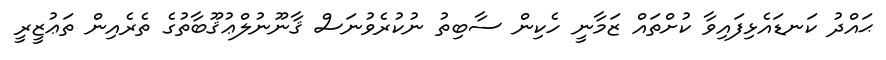
ޙައްދު ކަނޑައެޅިފައިވާ ކުށްތައް ޒަމާނީ ހެކިން ސާބިތު ނުކުރެވުނަސް ޤާނޫނުލްޢުޤޫބާތުގެ ތެރެއިން ތަޢުޒީރީ